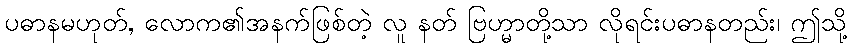
ပဓာနမဟုတ်, လောက၏အနက်ဖြစ်တဲ့ လူ နတ် ဗြဟ္မာတို့သာ လိုရင်းပဓာနတည်း၊ ဤသို့